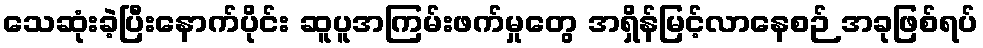
သေဆုံးခဲ့ပြီးနောက်ပိုင်း ဆူပူအကြမ်းဖက်မှုတွေ အရှိန်မြင့်လာနေစဉ် အခုဖြစ်ရပ်